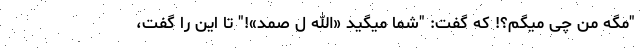
"مگه من چی میگم؟! که گفت: "شما میگید «الله ل صمد»!" تا این را گفت،